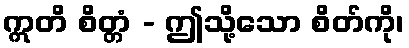
ဣတိ စိတ္တံ - ဤသို့သော စိတ်ကို၊